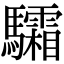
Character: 驦